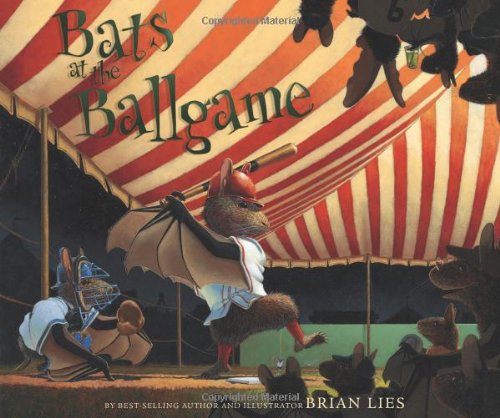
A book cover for Bats at the Ballgame (A Bat Book); Brian Lies; Children's Books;